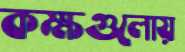
কক্ষগুলোয়